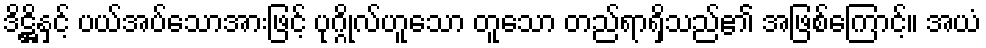
ဒိဋ္ဌိနှင့် ပယ်အပ်သောအားဖြင့် ပုဂ္ဂိုလ်ဟူသော တူသော တည်ရာရှိသည်၏ အဖြစ်ကြောင့်။ အယံ